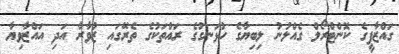
ގައްޒާފީގެ ކޮންޓްރޯލް ގެއްލުނު ލިބިޔާގެ ހުޅަނގުގެ ރައްތަކުގެ ތެރޭގައި ޒުވާރާ އަދި އައްޒާވިޔާ